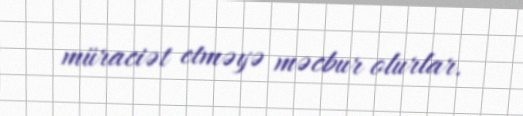
müraciət etməyə məcbur olurlar.